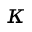
\kappa